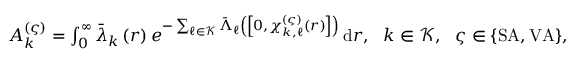
\begin{array} { r } { A _ { k } ^ { ( \varsigma ) } = \int _ { 0 } ^ { \infty } { \bar { \lambda } _ { k } \left( r \right) e ^ { - \sum _ { \ell \in \mathcal { K } } { \bar { \Lambda } _ { \ell } \left( \left[ 0 , \chi _ { k , \ell } ^ { ( \varsigma ) } \left( r \right) \right] \right) } } \, \mathrm { d } r } , ~ ~ k \in \mathcal { K } , ~ ~ \varsigma \in \{ \mathrm { S A } , \mathrm { V A } \} , } \end{array}